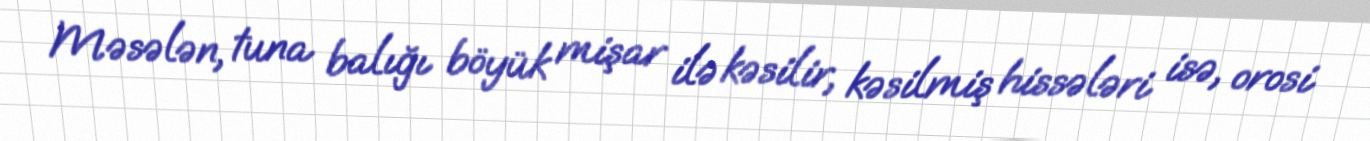
Məsələn, tuna balığı böyük mişar ilə kəsilir, kəsilmiş hissələri isə, orosi